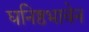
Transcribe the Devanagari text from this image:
घनिष्ठभावेन